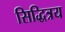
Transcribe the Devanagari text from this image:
सिद्धित्रय